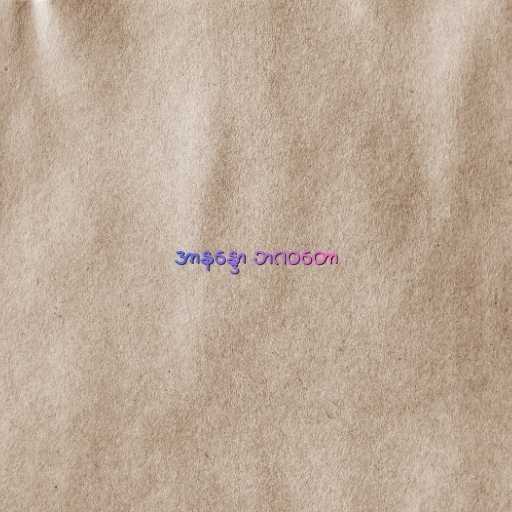
အာနန္ဒော ဘဂဝတော